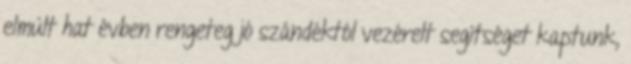
elmúlt hat évben rengeteg jó szándéktól vezérelt segítséget kaptunk,